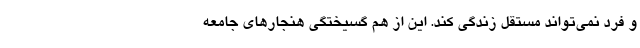
و فرد نمی‌تواند مستقل زندگی کند. این از هم گسیختگی هنجارهای جامعه